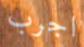
اجرب